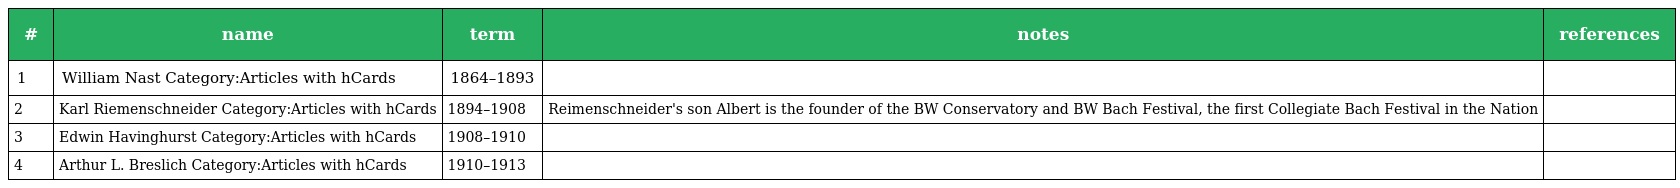
| # | name | term | notes | references |
 | --- | --- | --- | --- | --- |
 | 1 | William Nast Category:Articles with hCards | 1864–1893 |  |  |
 | 2 | Karl Riemenschneider Category:Articles with hCards | 1894–1908 | Reimenschneider's son Albert is the founder of the BW Conservatory and BW Bach Festival, the first Collegiate Bach Festival in the Nation |  |
 | 3 | Edwin Havinghurst Category:Articles with hCards | 1908–1910 |  |  |
 | 4 | Arthur L. Breslich Category:Articles with hCards | 1910–1913 |  |  |